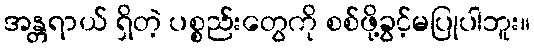
အန္တရာယ် ရှိတဲ့ ပစ္စည်းတွေကို စစ်ဖို့ခွင့်မပြုပါဘူး။